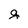
Character: g